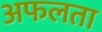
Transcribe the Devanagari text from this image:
अफलता